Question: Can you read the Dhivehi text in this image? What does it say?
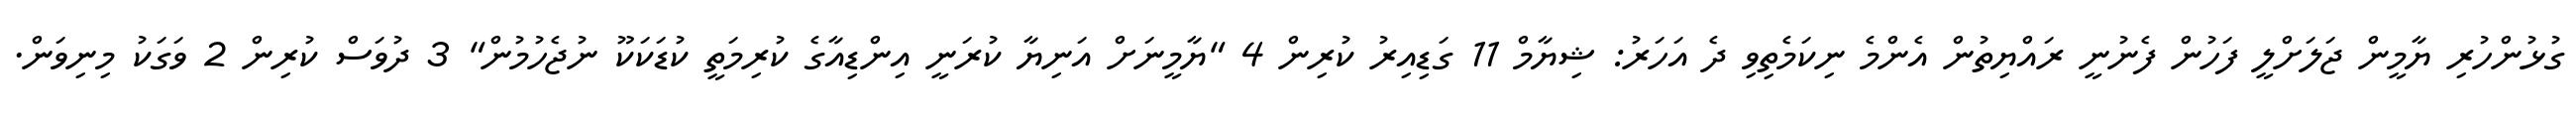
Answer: ގުޅުންހުރި ޔާމީން ޖަލަށްލީ ފަހުން ފެނުނީ ރައްޔިތުން އެންމެ ނިކަމެތިވި ދެ އަހަރު: ޝިޔާމް 11 ގަޑިއިރު ކުރިން 4 "ޔާމީނަށް އަނިޔާ ކުރަނީ އިންޑިއާގެ ކުރިމަތީ ކުޑަކަކޫ ނުޖެހުމުން" 3 ދުވަސް ކުރިން 2 ވަގަކު މިނިވަން.